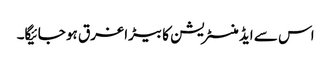
اس سے ایڈمنسٹریشن کا بیڑا غرق ہو جائیگا۔